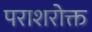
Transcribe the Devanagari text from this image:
पराशरोक्त